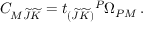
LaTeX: C _ { M \widetilde J \widetilde K } = t _ { ( \widetilde { J } \widetilde { K } ) } { } ^ { P } \Omega _ { P M } \, .